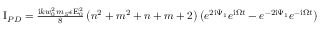
\begin{array} { r } { \mathrm { I } _ { P D } = \frac { \mathrm { i } k w _ { 0 } ^ { 2 } m _ { S } \epsilon \mathrm { E } _ { 0 } ^ { 2 } } { 8 } \left( n ^ { 2 } + m ^ { 2 } + n + m + 2 \right) \left( e ^ { 2 \mathrm { i } \Psi _ { 1 } } e ^ { \mathrm { i } \Omega t } - e ^ { - 2 \mathrm { i } \Psi _ { 1 } } e ^ { - \mathrm { i } \Omega t } \right) } \end{array}